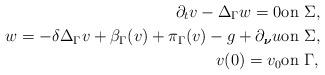
LaTeX: \begin{align*} \partial _t v - \Delta_\Gamma w = 0 & {\rm on~} \Sigma, \\ w= - \delta \Delta_\Gamma v+\beta_\Gamma (v)+\pi_\Gamma(v)-g+\partial_{\boldsymbol{\nu}} u & {\rm on~} \Sigma, \\ v(0) = v_0 & {\rm on~} \Gamma, \end{align*}